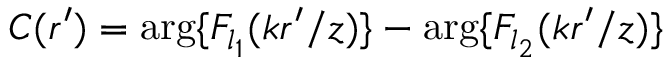
C ( r ^ { \prime } ) = \arg \{ F _ { l _ { 1 } } ( k r ^ { \prime } / z ) \} - \arg \{ F _ { l _ { 2 } } ( k r ^ { \prime } / z ) \}